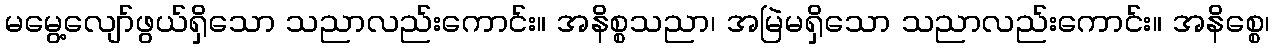
မမွေ့လျော်ဖွယ်ရှိသော သညာလည်းကောင်း။ အနိစ္စသညာ၊ အမြဲမရှိသော သညာလည်းကောင်း။ အနိစ္စေ၊